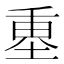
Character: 𡍴